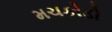
મચકોડી